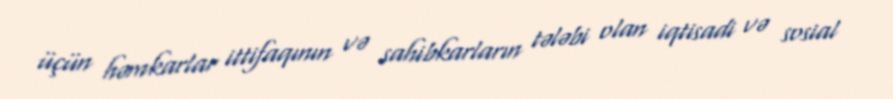
üçün həmkarlar ittifaqının və sahibkarların tələbi olan iqtisadi və sosial